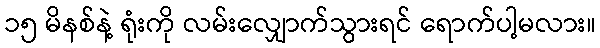
၁၅ မိနစ်နဲ့ ရုံးကို လမ်းလျှောက်သွားရင် ရောက်ပါ့မလား။